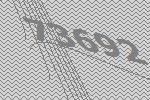
73692